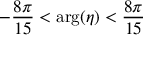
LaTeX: - { \frac { 8 \pi } { 1 5 } } < \mathrm { a r g } ( \eta ) < { \frac { 8 \pi } { 1 5 } }